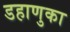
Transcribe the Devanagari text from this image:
डहाणुका